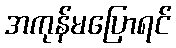
အကုန်မပြောရင်